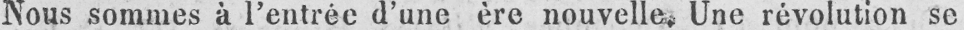
Nous sommes à l’entrée d’une ère nouvelle, Une révolution se